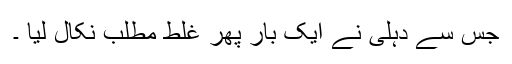
جس سے دہلی نے ایک بار پھر غلط مطلب نکال لیا ۔